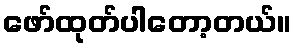
ဖော်ထုတ်ပါတော့တယ်။